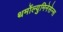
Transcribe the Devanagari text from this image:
थर्मोल्युमिनेसेन्स